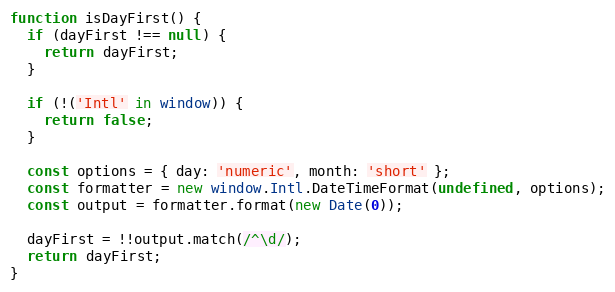
Language: JavaScript
function isDayFirst() {
  if (dayFirst !== null) {
    return dayFirst;
  }

  if (!('Intl' in window)) {
    return false;
  }

  const options = { day: 'numeric', month: 'short' };
  const formatter = new window.Intl.DateTimeFormat(undefined, options);
  const output = formatter.format(new Date(0));

  dayFirst = !!output.match(/^\d/);
  return dayFirst;
}